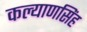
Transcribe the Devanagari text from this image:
कल्‍याणसिंह